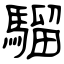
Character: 騮